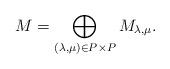
LaTeX: \begin{align*} M = \bigoplus_{(\lambda,\mu)\in P\times P}M_{\lambda,\mu}.\end{align*}